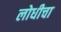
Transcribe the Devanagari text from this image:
लोधीचा